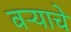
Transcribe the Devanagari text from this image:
वऱ्याचे